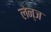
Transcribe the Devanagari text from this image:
लेन्ज